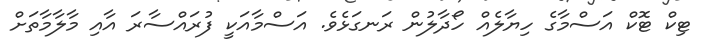
ޓިކް ޓޮކް އަސްމާގެ ހިޔާލެއް ހޯދާލުން ރަނގަޅެވެ. އަސްމާއަކީ ފުރައްސާރަ އާއި މާލާމާތަށް